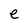
Character: e